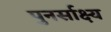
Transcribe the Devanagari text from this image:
पुनर्साक्ष्य